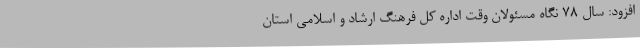
افزود: سال 78 نگاه مسئولان وقت اداره کل فرهنگ ارشاد و اسلامی استان